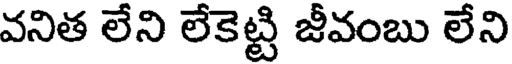
వనిత లేని లేకెట్టి జీవంబు లేని